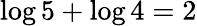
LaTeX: \log 5+\log 4=2